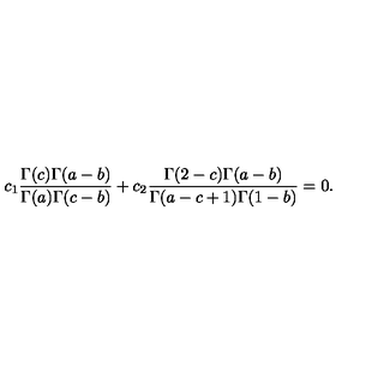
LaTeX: c _ { 1 } \frac { \Gamma ( c ) \Gamma ( a - b ) } { \Gamma ( a ) \Gamma ( c - b ) } + c _ { 2 } \frac { \Gamma ( 2 - c ) \Gamma ( a - b ) } { \Gamma ( a - c + 1 ) \Gamma ( 1 - b ) } = 0 .